Lunatic asylums Burma 1922-24 - 1922-1924
Year: 1922
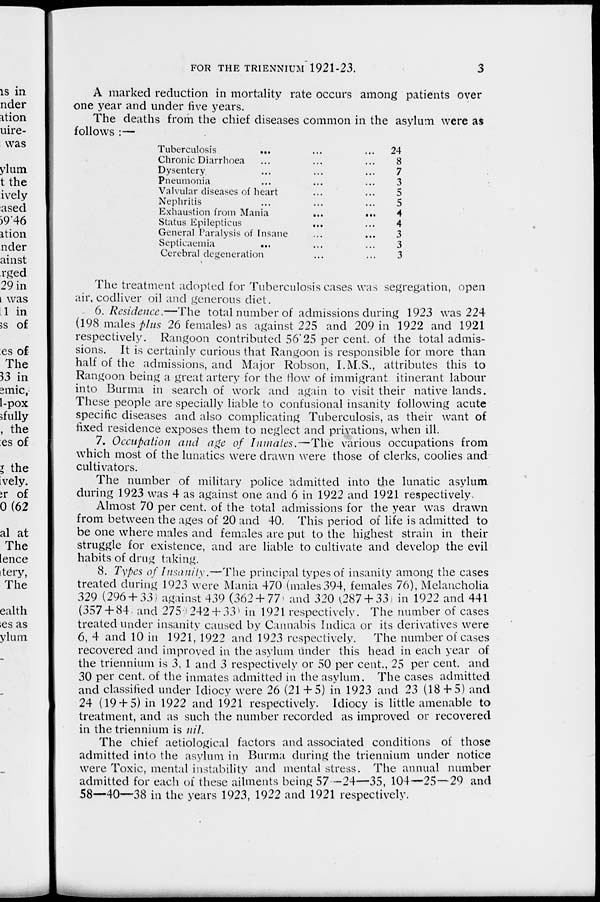
FOR THE TRIENNIUM 1921-23.
3
A marked reduction in mortality rate occurs among patients over
one year and under five years.
The deaths from the chief diseases common in the asylum were as
follows :—
Tuberculosis
... ... ...
Chronic Diarrhoea ... ... ...
Dysentery ... ... ...
Pneumonia ... ... ...
Valvular diseases of heart ... ... ...
Nephritis ... ... ...
Exhaustion from Mania
...
...
Status Epilepticus ... ... ...
General Paralysis of Insane ... ... ...
Septicaemia ... ... ...
Cerebral degeneration ... ... ...
24
8
7
3
5
5
4
4
3
3
3
The treatment adopted for Tuberculosis cases was segregation, open
air, codliver oil and generous diet.
6. Residence.—The total number of admissions during 1923 was 224
(198 males plus 26 females) as against 225 and 209 in 1922 and 1921
respectively. Rangoon contributed 56.25 per cent. of the total admis-
sions. It is certainly curious that Rangoon is responsible for more than
half of the admissions, and Major Robson, I.M.S., attributes this to
Rangoon being a great artery for the flow of immigrant itinerant labour
into Burma in search of work and again to visit their native lands.
These people are specially liable to confusional insanity following acute
specific diseases and also complicating Tuberculosis, as their want of
fixed residence exposes them to neglect and privations, when ill.
7. Occupation and age of Inmates.—The
various occupations from
which most of the lunatics were drawn were those of clerks, coolies and
cultivators.
The number of military police admitted into the lunatic asylum
during 1923 was 4 as against one and 6 in 1922 and 1921 respectively.
Almost 70 per cent. of the total admissions for the year was drawn
from between the ages of 20 and 40. This period of life is admitted to
be one where males and females are put to the highest strain in their
struggle for existence, and are liable to cultivate and develop the evil
habits of drug taking.
8. Types of Insanity.—The principal types of insanity among the cases
treated during 1923 were Mania 470 (males 394, females 76), Melancholia
329 (296 + 33) against 439 (362 + 77 and 320 (287 + 33 )in 1922 and 441
(357 + 84 and 275 (242 + 33) in 1921 respectively. The number of cases
treated under insanity caused by Cannabis Indica or its derivatives were
6, 4 and 10 in 1921, 1922 and 1923 respectively.
The number of cases
recovered and improved in the asylum under this head in each year of
the triennium is 3, 1 and 3 respectively or 50 per cent., 25 per cent. and
30 per cent. of the inmates admitted in the asylum. The cases admitted
and classified under Idiocy were 26 (21 + 5) in 1923 and 23 (18 + 5) and
24 (19 + 5) in 1922 and 1921 respectively. Idiocy is little amenable to
treatment, and as such the number recorded as improved or recovered
in the triennium is nil.
The chief aetiological factors and associated conditions of those
admitted into the asylum in Burma during the triennium under notice
were Toxic, mental instability and mental stress. The annual number
admitted for each of these ailments being 57 -24—35, 104—25—29 and
58—40—38 in the years 1923, 1922 and 1921 respectively.